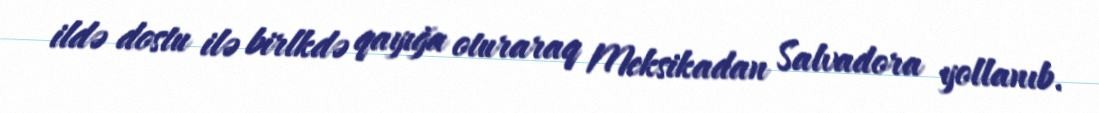
ildə dostu ilə birlkdə qayığa oturaraq Meksikadan Salvadora yollanıb.